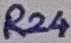
Text: R24